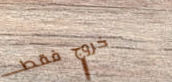
خروج فقط